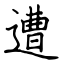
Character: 遭